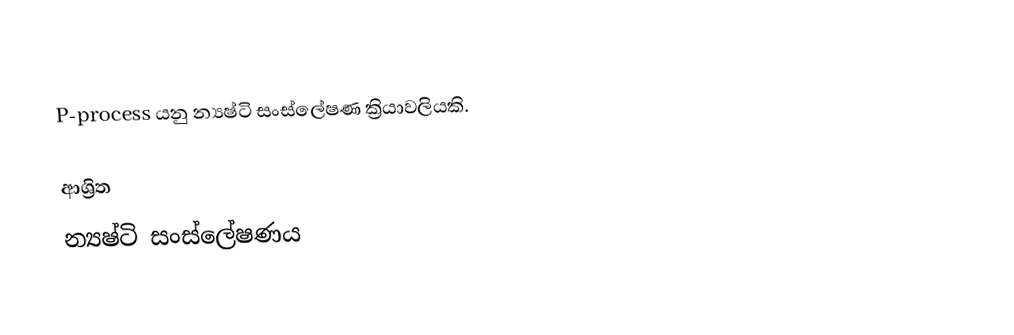
P-process යනු න්‍යෂ්ටි සංස්ලේෂණ ක්‍රියාවලියකි.

ආශ්‍රිත
 න්‍යෂ්ටි සංස්ලේෂණය